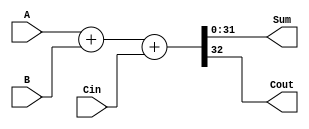
module carry_bypass_adder (
    input wire [31:0] A,
    input wire [31:0] B,
    input wire Cin,
    output wire [31:0] Sum,
    output wire Cout
);

assign {Cout, Sum} = A + B + Cin;

endmodule